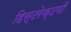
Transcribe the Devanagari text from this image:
हिस्टरेक्टमी